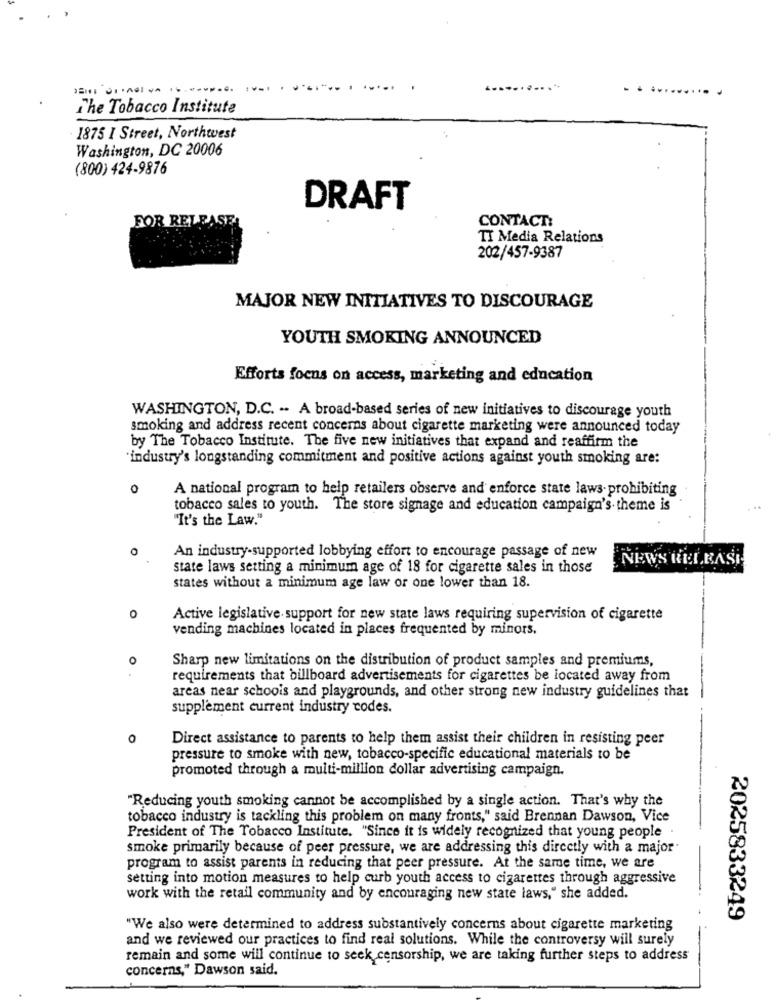
... ...
.....
The Tobacco Institute
1875 I Street, Northwest
Washington, DC 20006
(800) 424-9876
DRAFT
FOR RET
CONTACT:
TI Media Relations
202/457-9387
MAJOR NEW INITIATIVES TO DISCOURAGE
YOUTH SMOKING ANNOUNCED
Efforts focus on access, marketing and education
WASHINGTON, D.C. .. A broad-based series of new initiatives to discourage youth
smoking and address recent concerns about cigarette marketing were announced today
by The Tobacco Institute. The five new initiatives that expand and reaffirm the
industry's longstanding commitment and positive actions against youth smoking are:
0
A national program to help retailers observe and enforce state laws- prohibiting
tobacco sales to youth. The store signage and education campaign's theme is
"It's the Law."
An industry-supported lobbying effort to encourage passage of new
NEWS RELEASE
state laws setting a minimum age of 18 for cigarette sales in those
states without a minimum age law or one lower than 18.
O
Active legislative support for new state laws requiring supervision of cigarette
vending machines located in places frequented by minors.
o
Sharp new limitations on the distribution of product samples and premiums,
requirements that billboard advertisements for cigarettes be located away from
areas near schools and playgrounds, and other strong new industry guidelines that
supplement current industry codes.
0
Direct assistance to parents to help them assist their children in resisting peer
pressure to smoke with new, tobacco-specific educational materials to be
promoted through a multi-million dollar advertising campaign.
"Reducing youth smoking cannot be accomplished by a single action. That's why the
tobacco industry is tackling this problem on many fronts," said Brennan Dawson, Vice
President of The Tobacco Institute. "Since it is widely recognized that young people .
smoke primarily because of peer pressure, we are addressing this directly with a major.
program to assist parents in reducing that peer pressure. At the same time, we are
setting into motion measures to help curb youth access to cigarettes through aggressive
work with the retail community and by encouraging new state laws," she added.
2025833249
"We also were determined to address substantively concerns about cigarette marketing
and we reviewed our practices to find real solutions. While the controversy will surely
remain and some will continue to seek censorship, we are taking further steps to address
concerns," Dawson said.